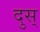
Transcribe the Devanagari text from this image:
दुस्